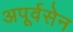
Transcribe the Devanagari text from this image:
अपूर्वसेन